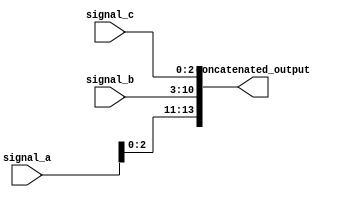
module concatenation_example (
    input wire [3:0] signal_a,   // 4-bit input signal
    input wire [7:0] signal_b,   // 8-bit input signal
    input wire [2:0] signal_c,   // 3-bit input signal
    output wire [13:0] concatenated_output // 14-bit output signal
);

// Continuous assignment using concatenation
assign concatenated_output = {signal_a, signal_b, signal_c};

endmodule